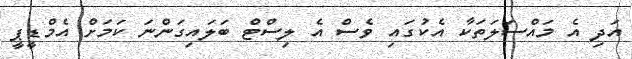
އަދި އެ މައްސަލަތަކާ އެކުގައި ވެސް އެ ލިސްޓް ބަލައިގަންނަ ކަމަށް އެމްޑީޕީ